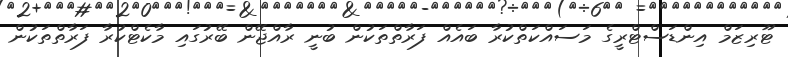
ޓޫރިޒަމް އިންޑަސްޓްރީގެ މަސައްކަތްކުރާ ބައެއް ފަރާތްތަކުން ބުނީ ރާއްޖޭން ބޭރުގައި މާކެޓްކުރާ ފަރާތްތަކުން